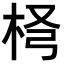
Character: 𣐢